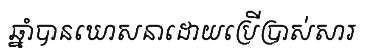
ឆ្នាំបានឃោសនាដោយប្រើប្រាស់សារ